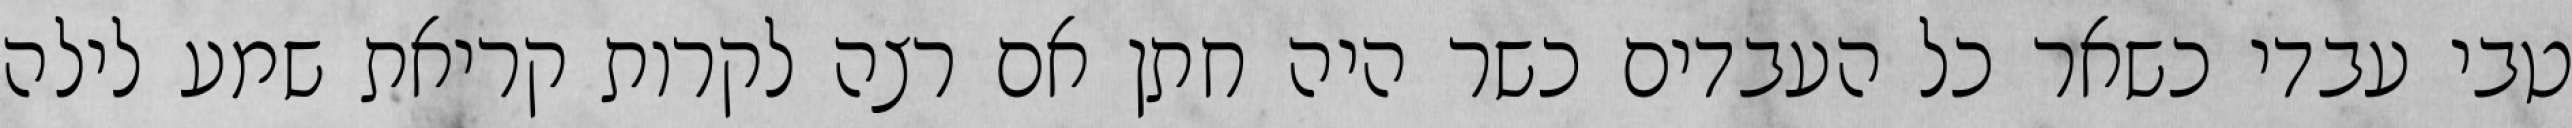
טבי עבדי כשאר כל העבדים כשר היה חתן אם רצה לקרות קריאת שמע לילה